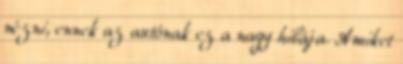
nézni, ennek az autónak ez a nagy hibája. Amiket